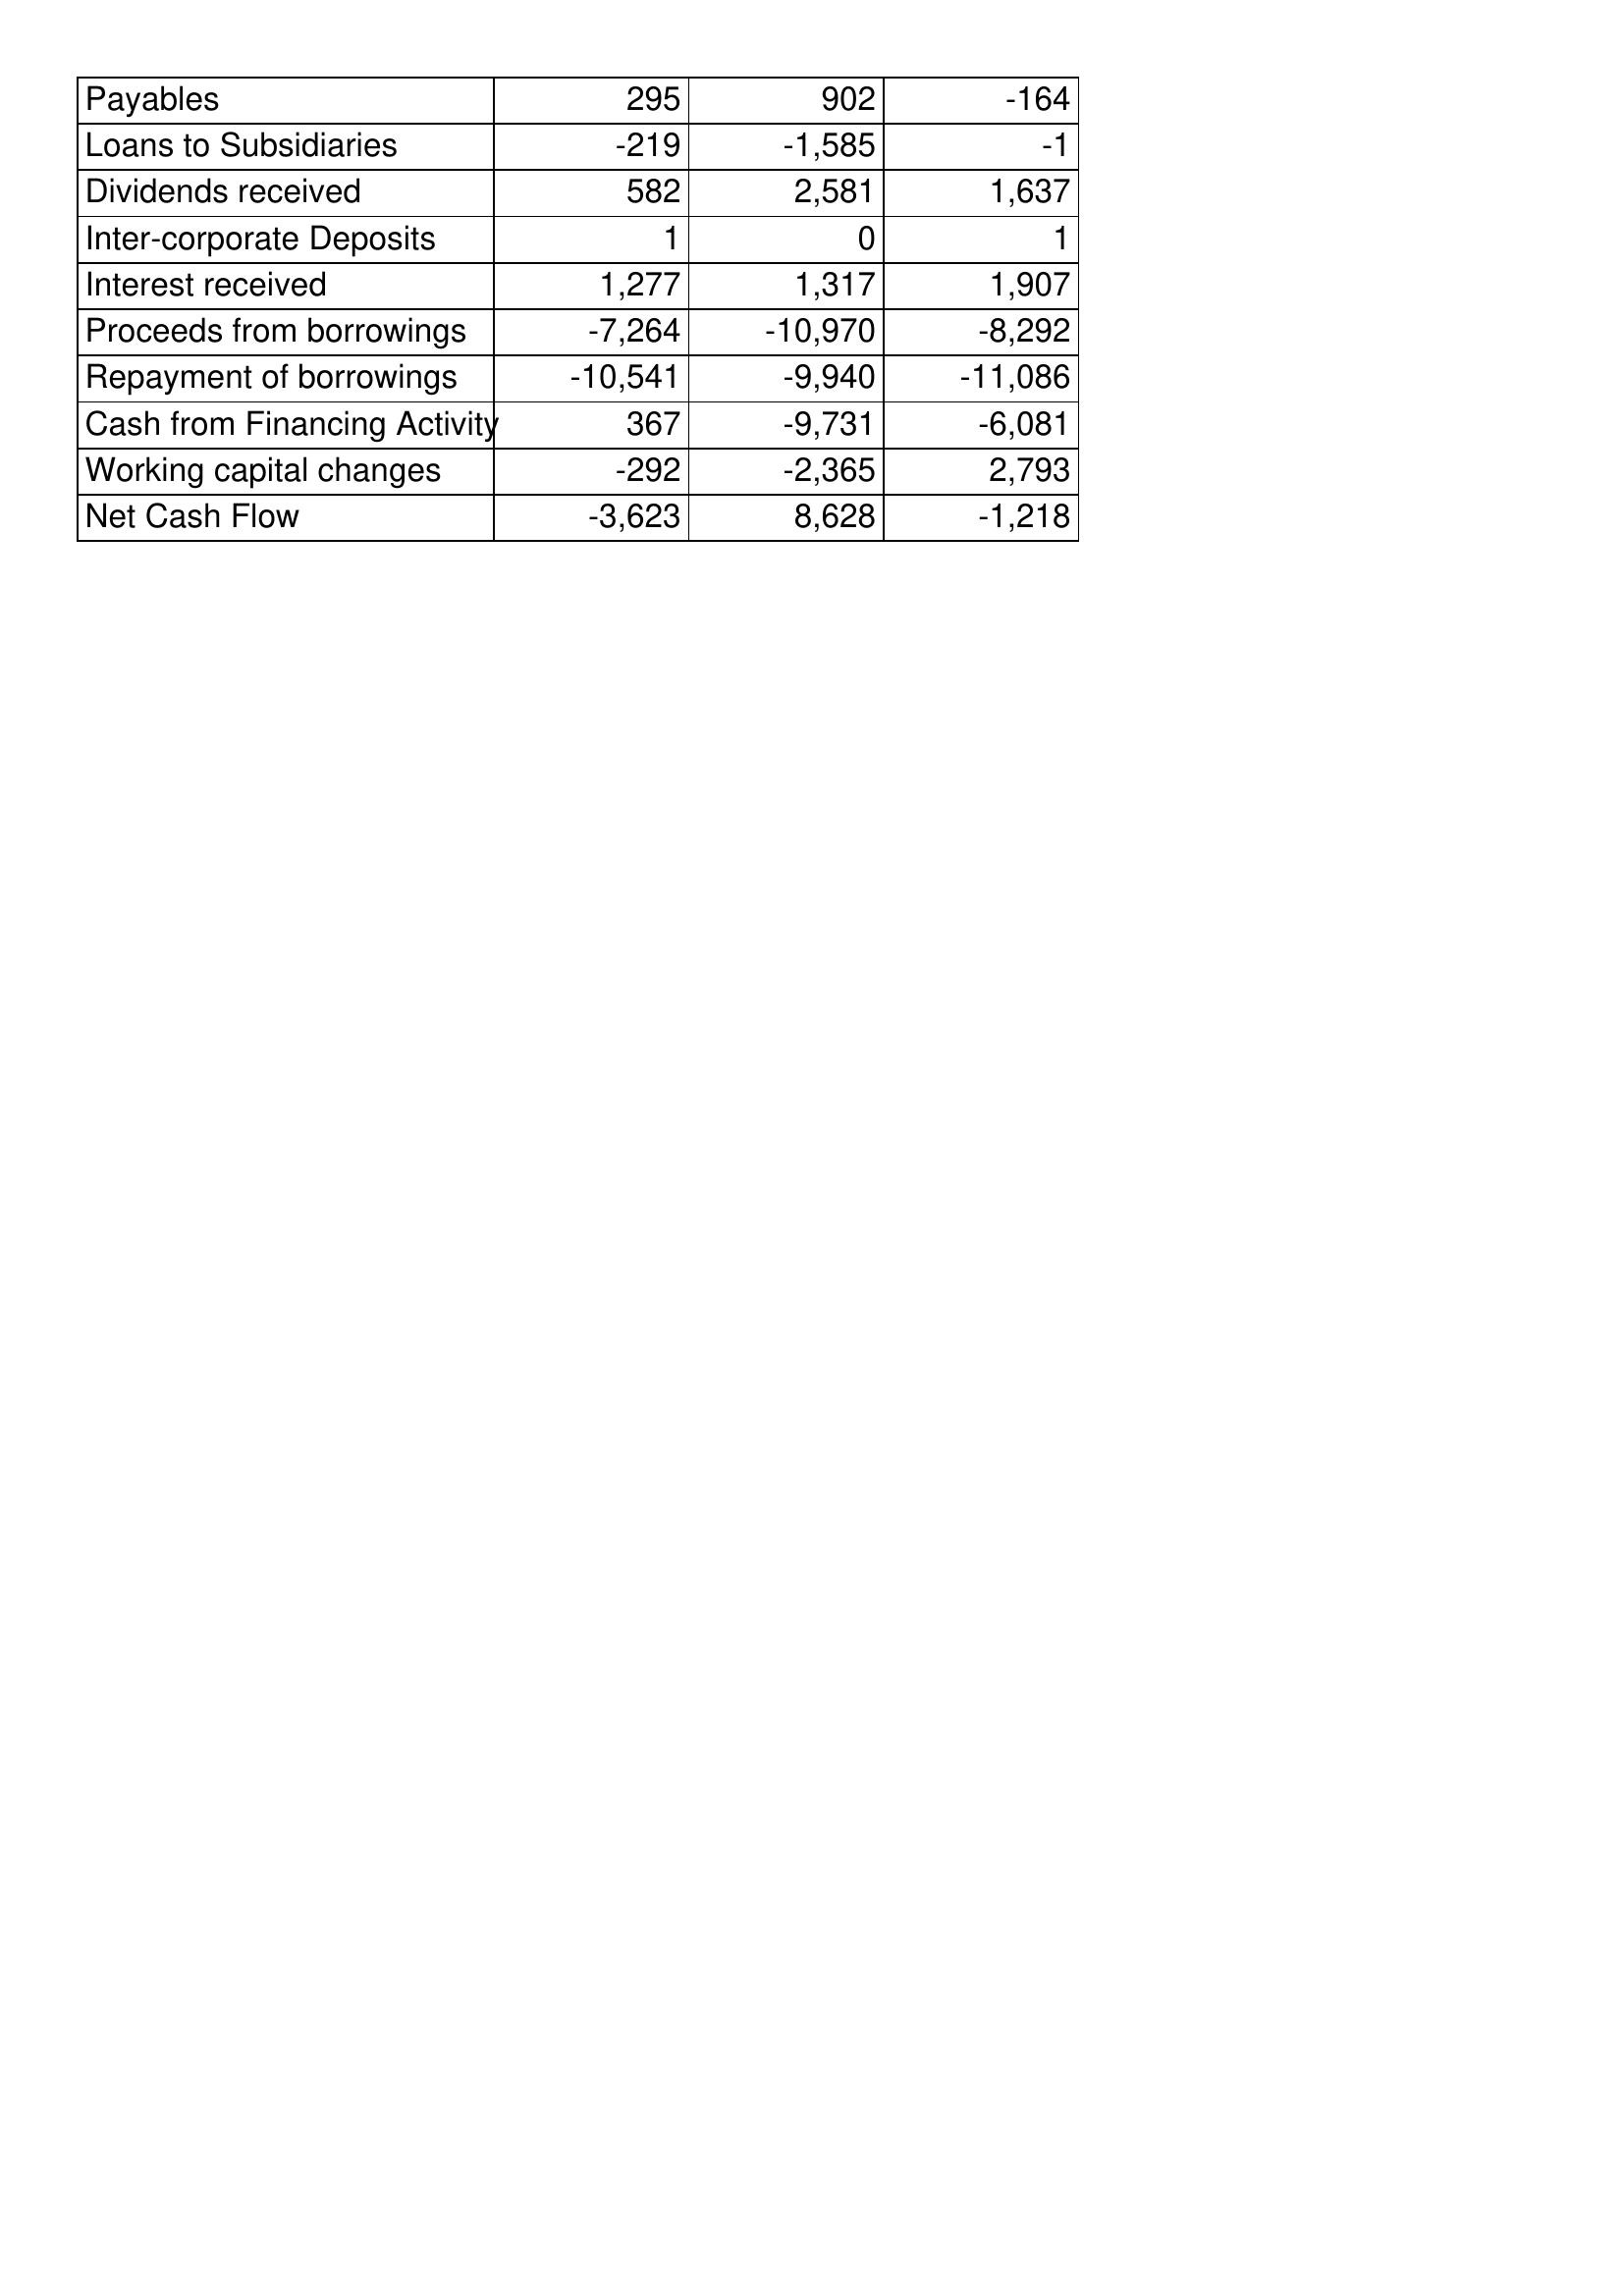
Mar-00: Cash Flows: Payables: 295
Loans to Subsidiaries: -219
Dividends received: 582
Inter-corporate Deposits: 1
Interest received: 1,277
Proceeds from borrowings: -7,264
Repayment of borrowings: -10,541
Cash from Financing Activity: 367
Working capital changes: -292
Net Cash Flow: -3,623
Mar-99: Cash Flows: Payables: 902
Loans to Subsidiaries: -1,585
Dividends received: 2,581
Inter-corporate Deposits: 0
Interest received: 1,317
Proceeds from borrowings: -10,970
Repayment of borrowings: -9,940
Cash from Financing Activity: -9,731
Working capital changes: -2,365
Net Cash Flow: 8,628
Mar-98: Cash Flows: Payables: -164
Loans to Subsidiaries: -1
Dividends received: 1,637
Inter-corporate Deposits: 1
Interest received: 1,907
Proceeds from borrowings: -8,292
Repayment of borrowings: -11,086
Cash from Financing Activity: -6,081
Working capital changes: 2,793
Net Cash Flow: -1,218